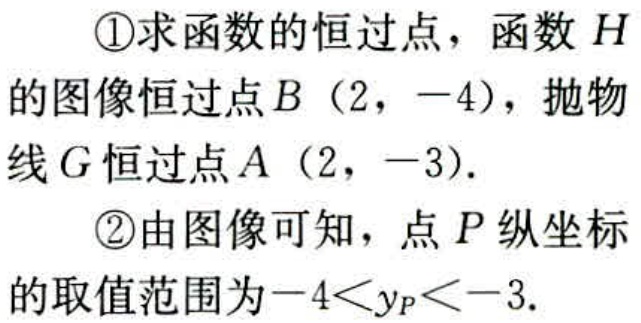
\textcircled{1}求函数的恒过点，函数\(H\)的图像恒过点\(B(2,-4)\)，抛物线\(G\)恒过点\(A(2,-3)\)。
\textcircled{2}由图像可知，点\(P\)纵坐标的取值范围为\(-4 < y_{P} < -3\)。